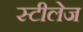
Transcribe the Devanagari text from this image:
स्टीलेज